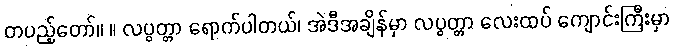
တပည့်တော်။ ။ လပွတ္တာ ရောက်ပါတယ်၊ အဲဒီအချိန်မှာ လပွတ္တာ လေးထပ် ကျောင်းကြီးမှာ